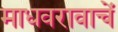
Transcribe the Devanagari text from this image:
माधवरावाचें